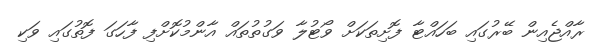
ރާއްޖެއިން ބޭރުގައި ބަހައްޓާ ފޮށިތަކަށް ވޯޓުލާ ވަގުތުތައް އާންމުކޮށްފި ފާހަގަ ފޮތުގައި ވަކި